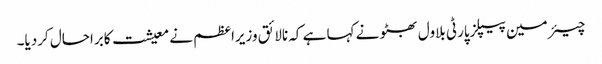
چیئرمین پیپلزپارٹی بلاول بھٹو نے کہا ہے کہ نالائق وزیراعظم نے معیشت کابراحال کردیا۔